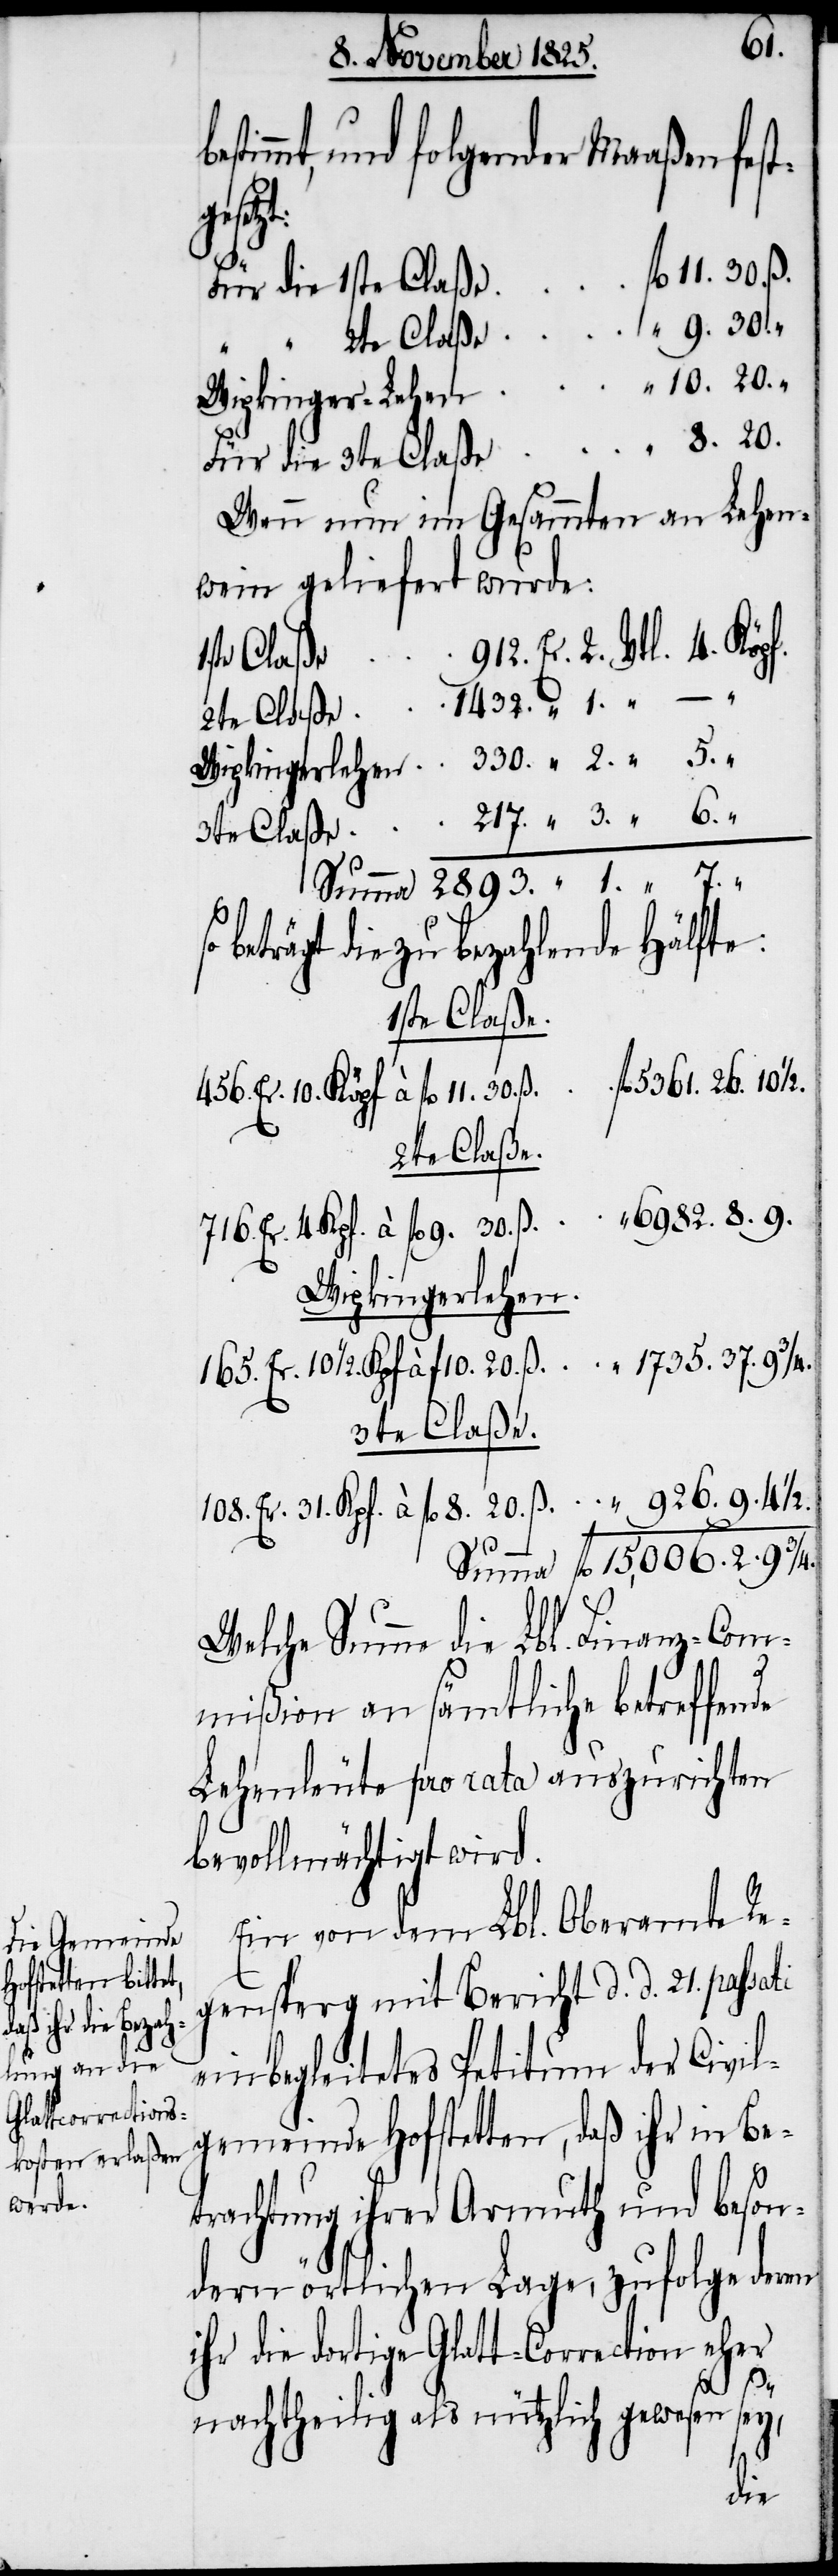
6982.
timmt, und folgender Maaßen fest¬
fl.
Wenn nun im Gesammten an Lehen¬
wein geliefert wurde:
beträgt die zu bezahlende Hälfte:
1ste Claße.
2te Claße.
Wipkingerlehen.
3te Claße.
Welche Summe die Lbl. Finanz-Com¬
mißion an sämtliche betreffende
Lehenleute pro rata auszurichten
bevollmächtigt wird.
Ein von dem Lbl. Oberamte Re¬
gensperg mit Bericht d. d. 21. passati
einbegleitetes Petitum der Civil¬
gemeinde Hofstetten, daß ihr in Be¬
trachtung ihrer Armuth und beson¬
dern örtlichen Lage, zufolge deren
ihr die dortige Glatt-Correction eher
3/4.
nachtheilig als nützlich gewesen sey,
die